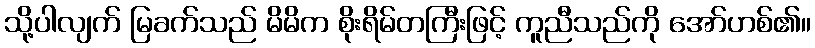
သို့ပါလျက် မြခက်သည် မိမိက စိုးရိမ်တကြီးဖြင့် ကူညီသည်ကို အော်ဟစ်၏။